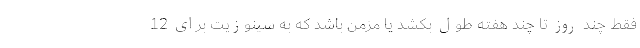
فقط چند روز تا چند هفته طول بکشد یا مزمن باشد که به سینوزیت برای 12